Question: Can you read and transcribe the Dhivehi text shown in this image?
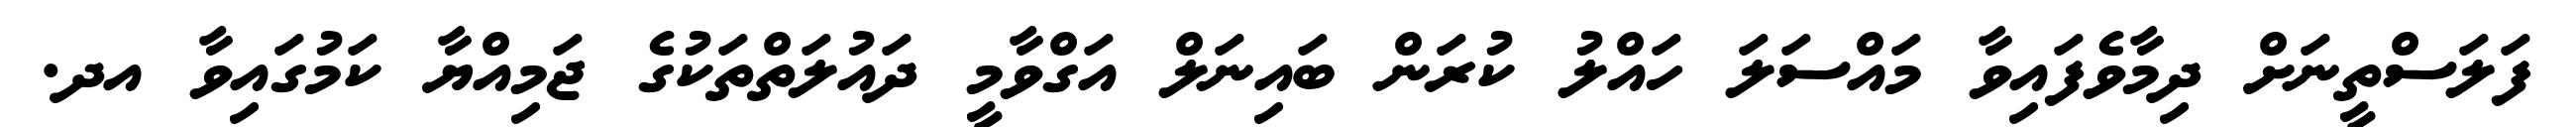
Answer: ފަލަސްތީނަށް ދިމާވެފައިވާ މައްސަލަ ހައްލު ކުރަން ބައިނަލް އަގްވާމީ ދައުލަތްތަކުގެ ޖަމިއްޔާ ކަމުގައިވާ އދ.